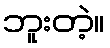
ဘူးတဲ့။